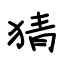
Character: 猜